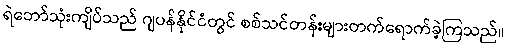
ရဲဘော်သုံးကျိပ်သည် ဂျပန်နိုင်ငံတွင် စစ်သင်တန်းများတက်ရောက်ခဲ့ကြသည်။